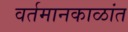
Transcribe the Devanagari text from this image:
वर्तमानकाळांत